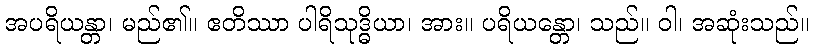
အပရိယန္တာ၊ မည်၏။ ဧတိဿာ ပါရိသုဒ္ဓိယာ၊ အား။ ပရိယန္တော၊ သည်။ ဝါ၊ အဆုံးသည်။